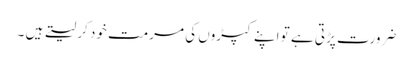
ضرورت پڑتی ہے تو اپنے کپڑوں کی مرمت خود کر لیتے ہیں ۔